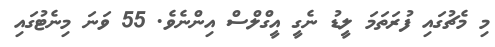
މި މެޗުގައި ފުރަތަމަ ލީޑު ނެގީ އީގްލްސް އިންނެވެ. 55 ވަނަ މިނެޓުގައި